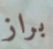
براز